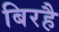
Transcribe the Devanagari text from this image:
बिरहै